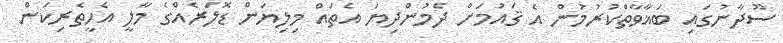
ސޫދާނުގައި ބަޣާވާތްކުރުމުން އެ ޤައުމަށް ދެމުންދިޔަ އެތައް މިލިޔަން ޑޮލަރެއްގެ މާލީ އެހީތެރިކަން